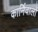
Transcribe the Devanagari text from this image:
कार्निवालों